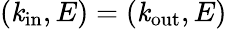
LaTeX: (\mathit{k}_{\textrm{{in}}},E)=(\mathit{k}_{\textrm{{out}}},E)